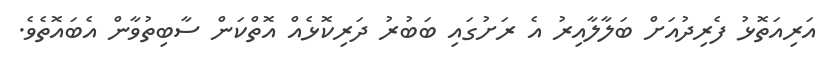
އަރިއަތޮޅު ފެރިދުއަށް ބަލާލާއިރު އެ ރަށުގައި ބަބުރު ދަރިކޮޅެއް އޮތްކަން ސާބިތުވާން އެބައޮތެވެ.